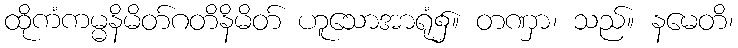
ထိုကံကမ္မနိမိတ်ဂတိနိမိတ် ဟူသောအာရုံ၌။ တဏှာ၊ သည်။ နမေတိ၊